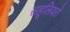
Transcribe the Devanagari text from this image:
सहूलियतें